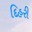
દિહરી